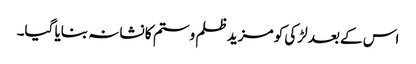
اس کے بعد لڑکی کو مزید ظلم وستم کا نشانہ بنایا گیا۔